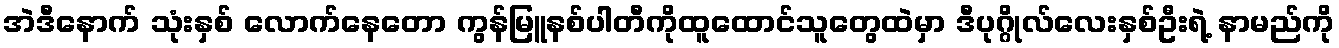
အဲဒီနောက် သုံးနှစ် လောက်နေတော ကွန်မြူနစ်ပါတီကိုထူထောင်သူတွေထဲမှာ ဒီပုဂ္ဂိုလ်လေးနှစ်ဦးရဲ့ နာမည်ကို